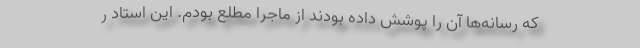
که رسانه‌ها آن را پوشش داده بودند از ماجرا مطلع بودم. این استاد ر